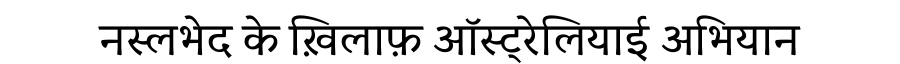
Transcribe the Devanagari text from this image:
नस्लभेद के ख़िलाफ़ ऑस्ट्रेलियाई अभियान